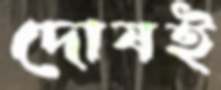
দোষই